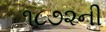
૧૮૭૨ની